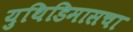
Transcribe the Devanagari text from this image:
युथिडिमासचा